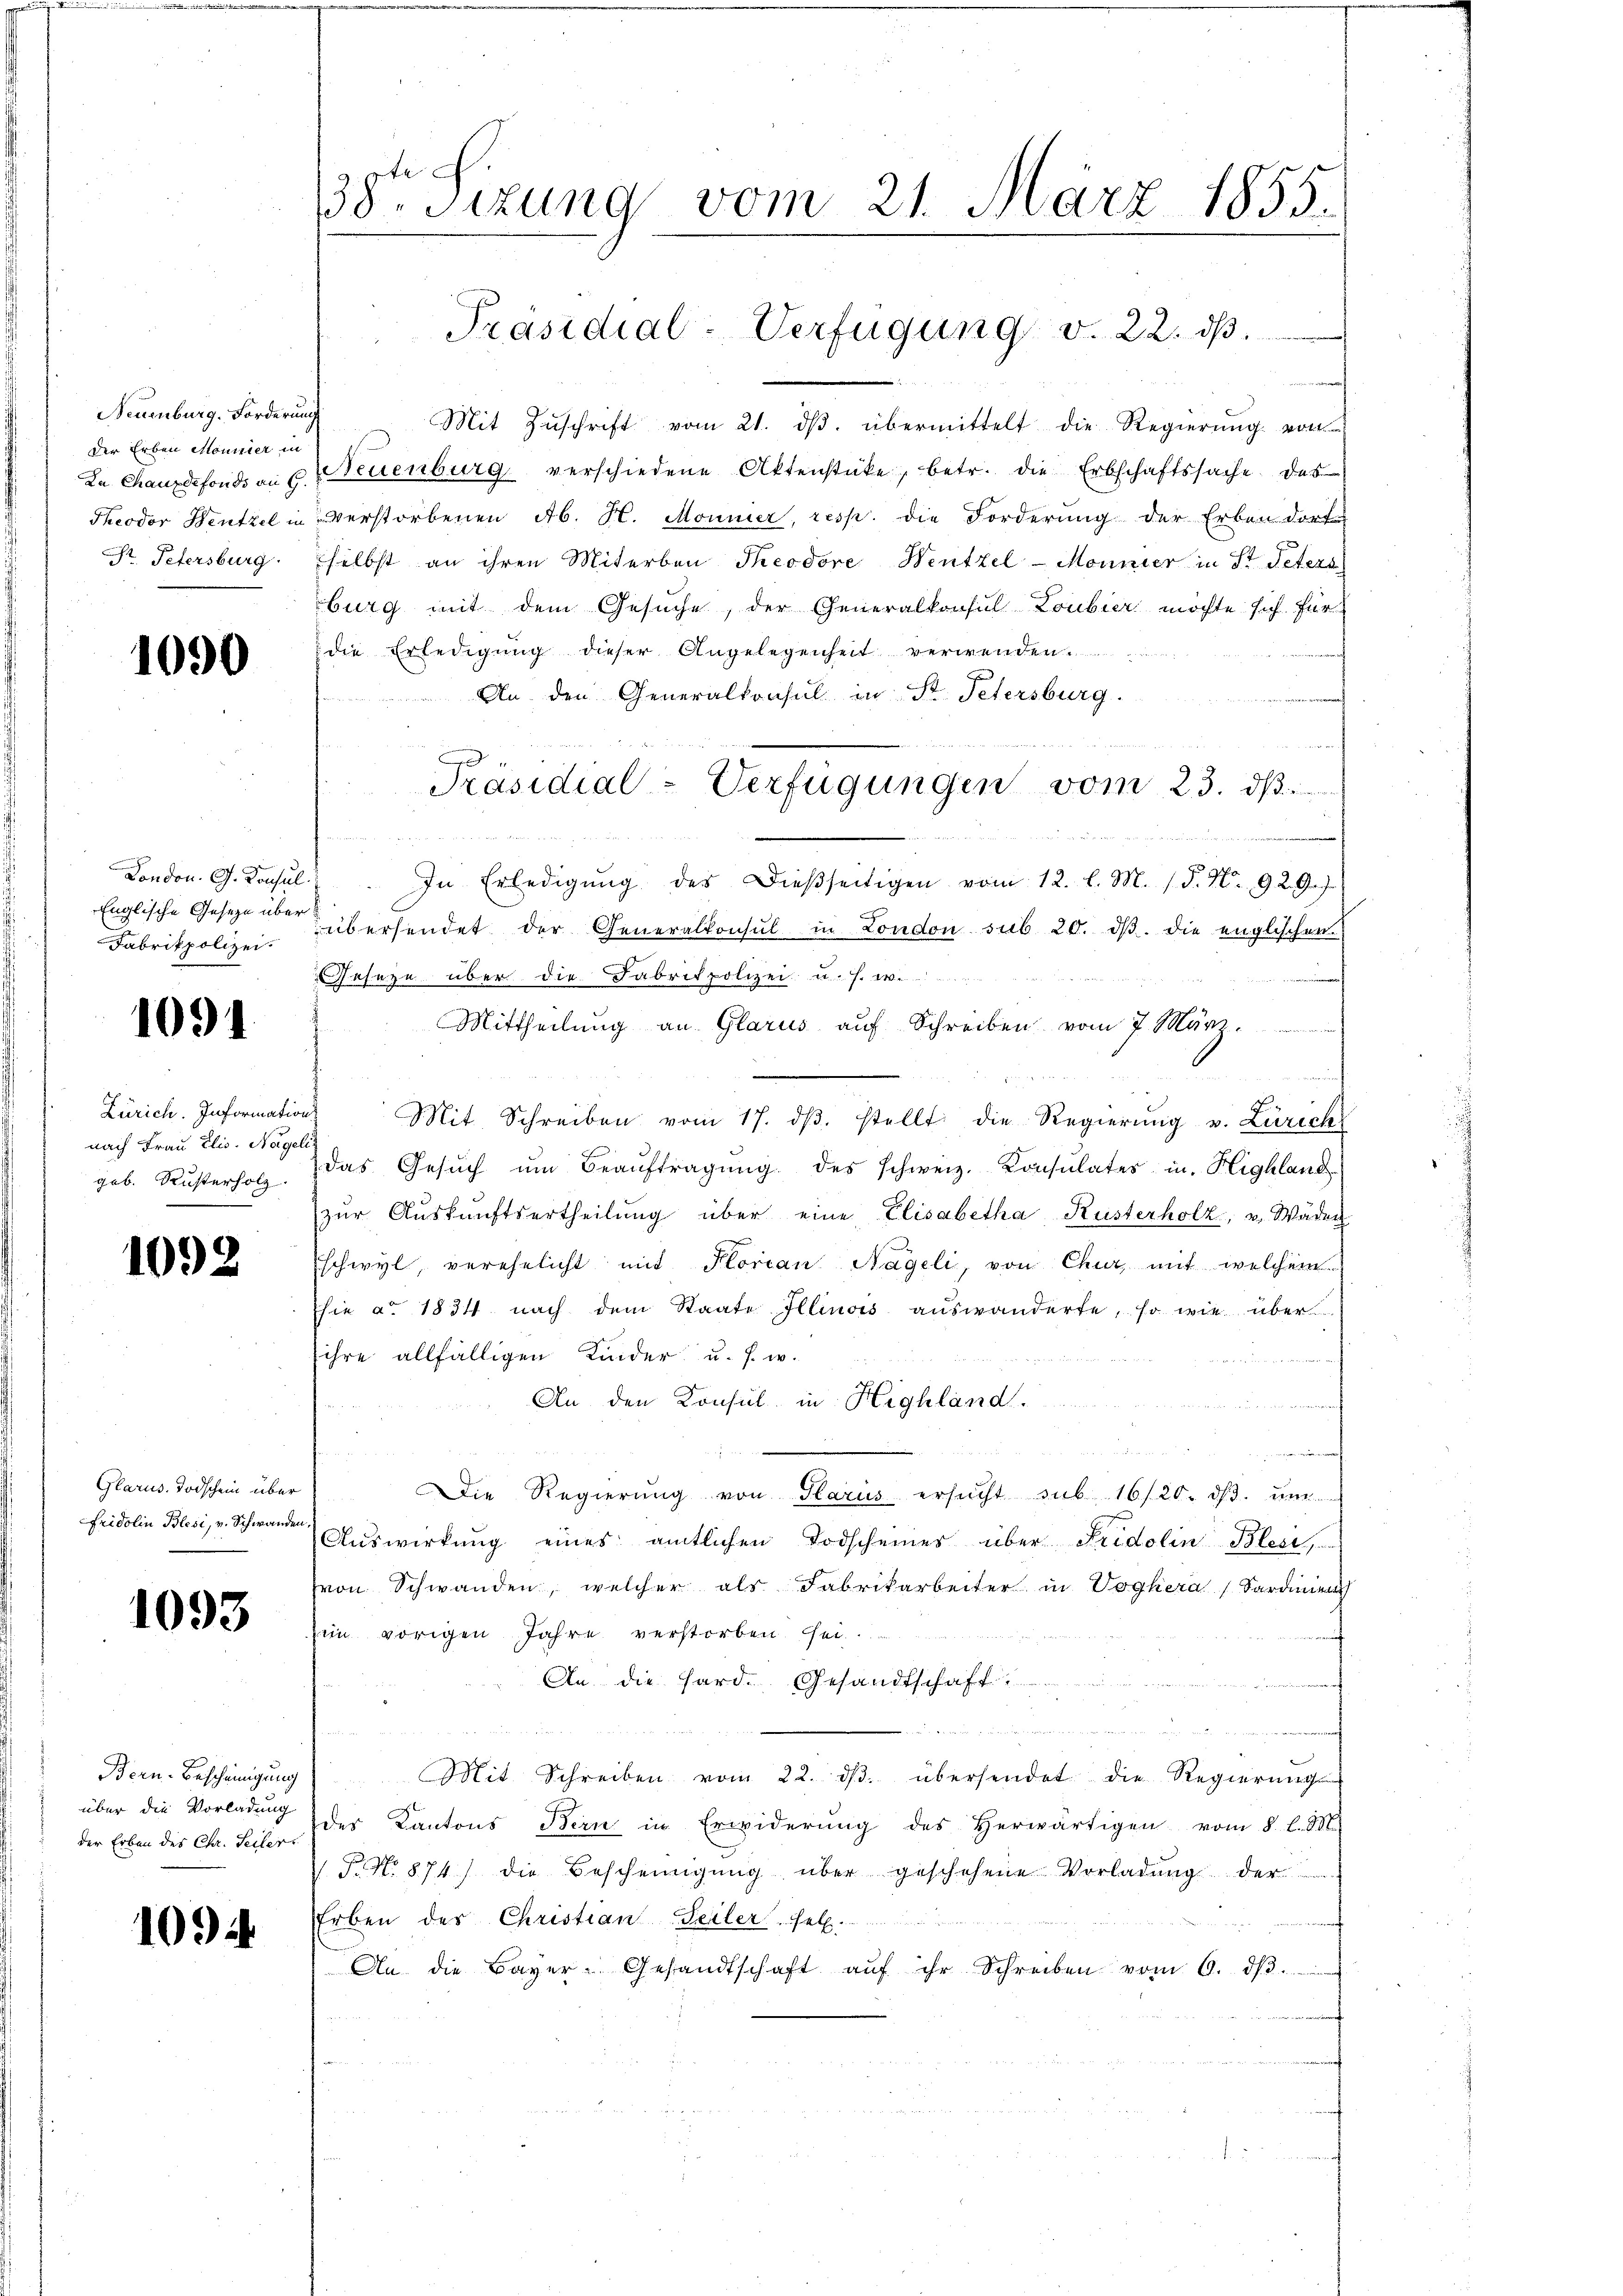
Neuenburg. Forderung
der Erben Monisier in

1090

London. G. Konsul
Fabrikpolizei.

1091

Zürich. Information
nach Frau Elis. Nagel
geb. Rusterholz.

1092

Glarus. Todschein über
Fridolin Blesi, v. Schwanden

1093

Bern-Bescheinigung
über die Vorladung
der Erben des Chr. Seiler

1094.

g. ste
18. Sizung vom 21. März 1855.
Präsidial-Verfügung v. 22. dβ.

d

Präsidial-Verfügungen vom 23. dβ.

Mit Zŭschrift vom 21. dβ. übermittelt die Regierung von
Da Chauxdefonds an u. Neuenburg verschiedene Aktenstücke, betr. die Erbschaftssache das
Theodor Bentzel in Verstorbenen Ab. H. Monnier, resp. die Forderung der Erben dort
St. Petersburg. Eselbst an ihren Miterben Theodore Wentzel - Monnier in St. Petera
burg mit dem Gesuche, der Generalkonsul Loubier möchte sich für
die Erledigung dieser Angelegenheit verwenden
 An den Generalkonsul in St. Petersburg.
u
In Erledigŭng des Dießseitigen vom 12. l. M. (§. N. 929.)
Englische Geseze aber übersendet der Generalkonsul in London sub 20. dβ die englischen
Geseze über die Fabritpolizei u. s. w.
u
Mittheilŭng an Glarus aŭf Schreiben vom 7. März
Mit Schreiben vom 17. dβ. stellt die Regierŭng v. Zürich
das Gesuch um Beaŭftragung des schweiz. Konsulates in Highland
zŭr Aŭskŭnftsertheilŭng über eine Elisabetha, Rusterholz, u. Wäden
schwyl, verehelicht mit Florian Nageli, von Chur, mit welchem
hie a. 1834 nach dem Staate Illinois aŭswänderte, so wie über
sihre allfälligen Kinder u. s. w.
it
An den Konsul in Highland.
f

Die Regierŭng von Glarus ersŭcht sub 16/20. dβ. ŭm
Aŭswirkŭng eines amtlichen Todscheiner über Fridolin Blesi,
von Schwanden, welcher als Fabrikarbeiter in Voghera Sardinien
Ein vorigen Jahre verstorben sei.
An die Hard. Gesandtschaft.
Mit Schreiben vom 22. dβ übersendet die Regierŭng
der Kantons Bern in Erwiderŭng des herwärtigen vom 8. l. 90
1 Fr. No. 874) die Bescheinigŭng über geschehene Vorladung der
Erben des Christian Seiler sel.
An die Bayer-Gesandtschaft aŭf ihr Schreiben vom 6. dβ.